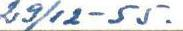
29/12-55.